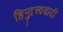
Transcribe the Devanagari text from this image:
हिन्दुत्त्ववादी